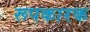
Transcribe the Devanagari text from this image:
रूपकारक